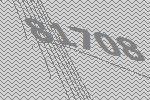
81708